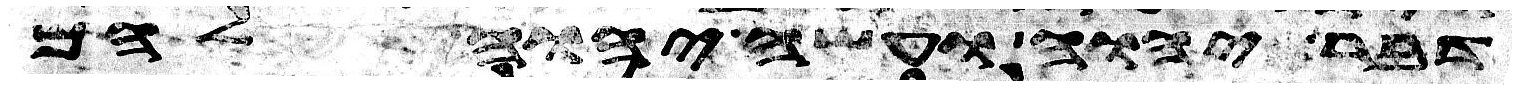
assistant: דבר יהוה ועשה יהוה להם